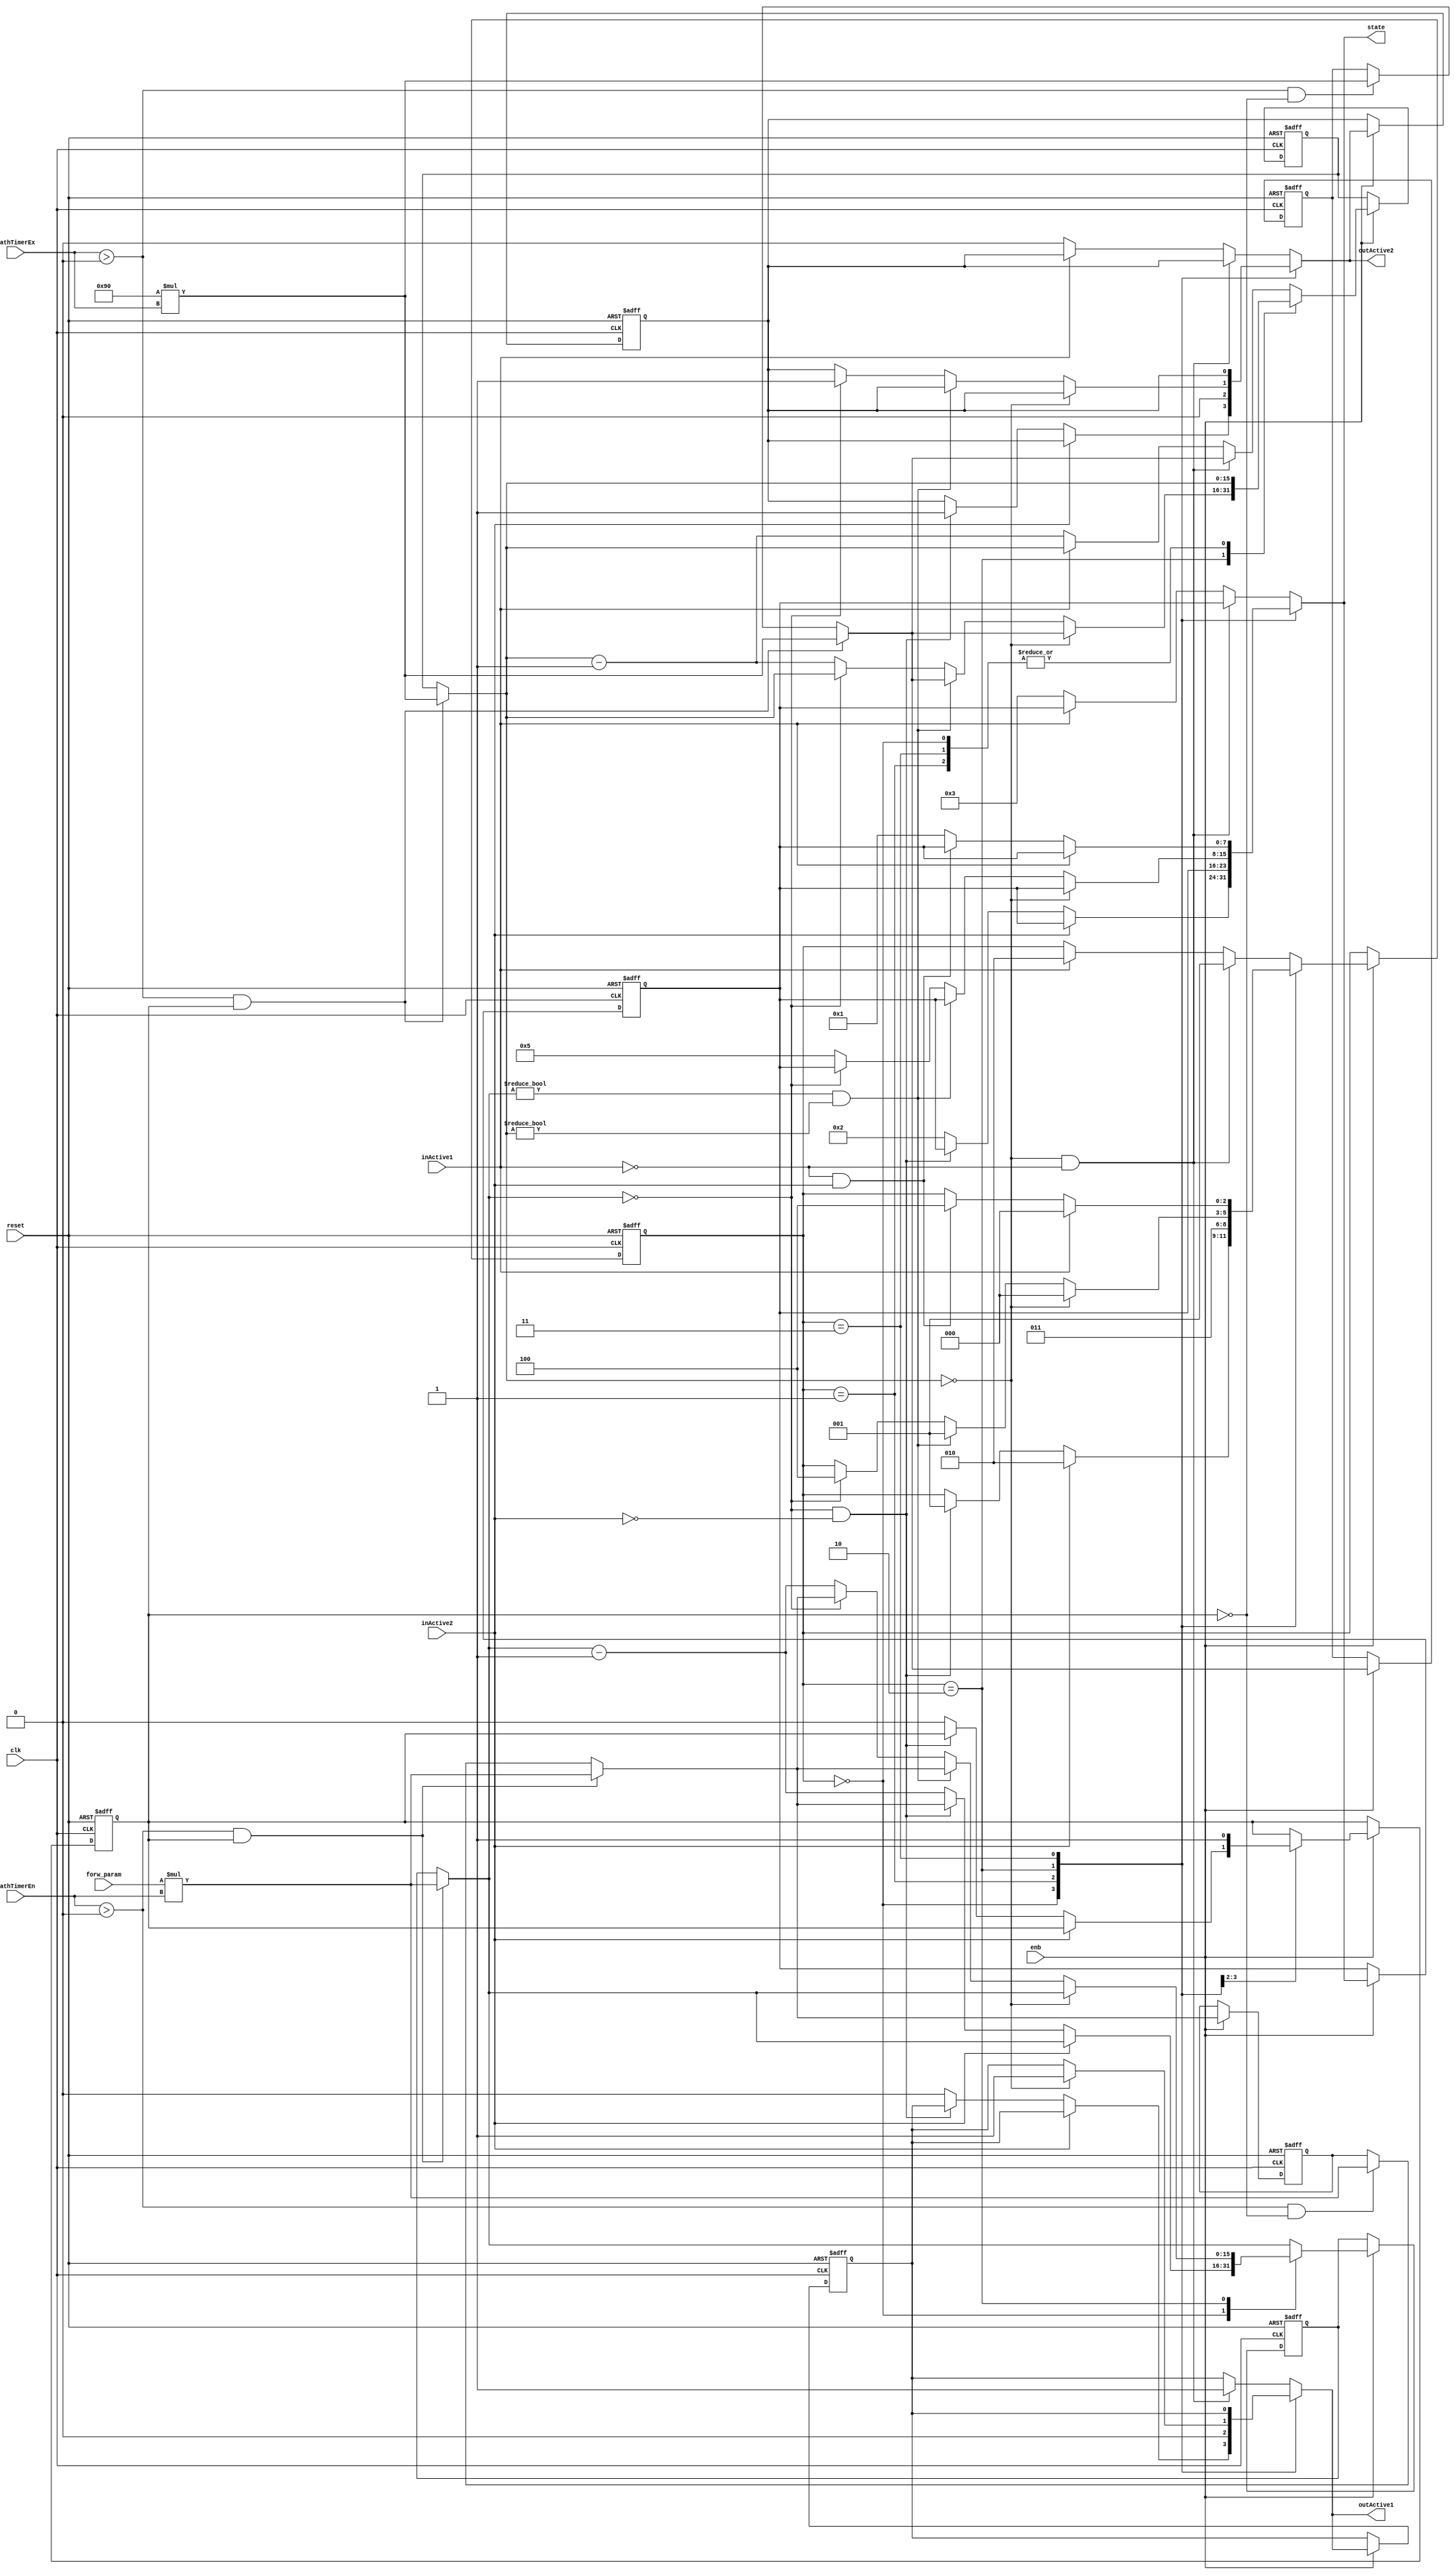
// -------------------------------------------------------------
// 
// 
// Generated by MATLAB 9.5 and HDL Coder 3.13
// 
// -------------------------------------------------------------


// -------------------------------------------------------------
// 
// Module: path_aut_block
// Source Path: case2mod_new/PA2_2to3/path_aut
// Hierarchy Level: 2
// 
// -------------------------------------------------------------

`timescale 1 ns / 1 ns

module path_aut_block
          (clk,
           reset,
           enb,
           inActive1,
           inActive2,
           forw_param,
           pathTimerEn,
           pathTimerEx,
           outActive1,
           outActive2,
           state);

  parameter [15:0] bck_param = 144;  // uint16
  // Default encoded enumeration values for type is_PathAutomaton1
  parameter is_PathAutomaton1_IN_AntegradeConduction = 3'd0, is_PathAutomaton1_IN_Conflict = 3'd1, is_PathAutomaton1_IN_Double = 3'd2, is_PathAutomaton1_IN_Idle = 3'd3, is_PathAutomaton1_IN_RetrogradeConduction = 3'd4;

  input   clk;
  input   reset;
  input   enb;
  input   inActive1;
  input   inActive2;
  input   [15:0] forw_param;  // uint16
  input   [15:0] pathTimerEn;  // uint16
  input   [15:0] pathTimerEx;  // uint16
  output  outActive1;
  output  outActive2;
  output  [7:0] state;  // uint8


  reg [2:0] is_PathAutomaton;  // uint8
  reg [15:0] forw_timer_cur;  // uint16
  reg [15:0] bck_timer_cur;  // uint16
  reg [15:0] bck_timer_def;  // uint16
  reg [15:0] forw_timer_def;  // uint16
  reg  idle_st;
  reg  outActive1_reg;
  reg  outActive2_reg;
  reg [7:0] state_reg;  // uint8
  reg [2:0] is_PathAutomaton_next;  // enum type is_PathAutomaton1 (5 enums)
  reg [15:0] forw_timer_cur_next;  // uint16
  reg [15:0] bck_timer_cur_next;  // uint16
  reg [15:0] bck_timer_def_next;  // uint16
  reg [15:0] forw_timer_def_next;  // uint16
  reg  idle_st_next;
  reg  outActive1_reg_next;
  reg  outActive2_reg_next;
  reg [7:0] state_reg_next;  // uint8
  reg [15:0] forw_timer_cur_temp;  // uint16
  reg [15:0] bck_timer_cur_temp;  // uint16
  reg [15:0] bck_timer_def_temp;  // uint16
  reg [15:0] forw_timer_def_temp;  // uint16
  reg [31:0] mul_temp;  // ufix32
  reg signed [31:0] cast;  // sfix32
  reg [31:0] mul_temp_0;  // ufix32
  reg signed [31:0] cast_0;  // sfix32
  reg [31:0] mul_temp_1;  // ufix32
  reg [31:0] mul_temp_2;  // ufix32


  always @(posedge clk or posedge reset)
    begin : SimpleModeling_c5_spnshronzZ8815nA14cRtO_path_aut_process
      if (reset == 1'b1) begin
        forw_timer_cur <= 16'd0;
        bck_timer_cur <= 16'd0;
        bck_timer_def <= 16'd0;
        forw_timer_def <= 16'd0;
        state_reg <= 8'd0;
        outActive1_reg <= 1'b0;
        outActive2_reg <= 1'b0;
        is_PathAutomaton <= is_PathAutomaton1_IN_Idle;
        idle_st <= 1'b1;
      end
      else begin
        if (enb) begin
          is_PathAutomaton <= is_PathAutomaton_next;
          forw_timer_cur <= forw_timer_cur_next;
          bck_timer_cur <= bck_timer_cur_next;
          bck_timer_def <= bck_timer_def_next;
          forw_timer_def <= forw_timer_def_next;
          idle_st <= idle_st_next;
          outActive1_reg <= outActive1_reg_next;
          outActive2_reg <= outActive2_reg_next;
          state_reg <= state_reg_next;
        end
      end
    end

  always @(bck_timer_cur, bck_timer_def, forw_param, forw_timer_cur, forw_timer_def,
       idle_st, inActive1, inActive2, is_PathAutomaton, outActive1_reg,
       outActive2_reg, pathTimerEn, pathTimerEx, state_reg) begin
    forw_timer_cur_temp = forw_timer_cur;
    bck_timer_cur_temp = bck_timer_cur;
    bck_timer_def_temp = bck_timer_def;
    forw_timer_def_temp = forw_timer_def;
    outActive1_reg_next = outActive1_reg;
    outActive2_reg_next = outActive2_reg;
    state_reg_next = state_reg;
    is_PathAutomaton_next = is_PathAutomaton;
    idle_st_next = idle_st;
    if ((pathTimerEn > 16'b0000000000000000) && idle_st) begin
      mul_temp = forw_param * pathTimerEn;
      cast = mul_temp;
      forw_timer_def_temp = cast[15:0];
      forw_timer_cur_temp = forw_timer_def_temp;
    end
    else if ((pathTimerEn > 16'b0000000000000000) &&  ! idle_st) begin
      mul_temp_0 = forw_param * pathTimerEn;
      cast_0 = mul_temp_0;
      forw_timer_def_temp = cast_0[15:0];
    end
    if ((pathTimerEx > 16'b0000000000000000) && idle_st) begin
      mul_temp_1 = bck_param * pathTimerEx;
      bck_timer_def_temp = mul_temp_1[15:0];
      bck_timer_cur_temp = bck_timer_def_temp;
    end
    else if ((pathTimerEx > 16'b0000000000000000) &&  ! idle_st) begin
      mul_temp_2 = bck_param * pathTimerEx;
      bck_timer_def_temp = mul_temp_2[15:0];
    end
    case ( is_PathAutomaton)
      is_PathAutomaton1_IN_AntegradeConduction :
        begin
          if (inActive2) begin
            is_PathAutomaton_next = is_PathAutomaton1_IN_Double;
          end
          else if ((forw_timer_cur_temp == 16'b0000000000000000) &&  ! inActive2) begin
            forw_timer_cur_temp = forw_timer_def_temp;
            outActive2_reg_next = 1'b1;
            is_PathAutomaton_next = is_PathAutomaton1_IN_Conflict;
          end
          else begin
            forw_timer_cur_temp = forw_timer_cur_temp - 16'd1;
            outActive1_reg_next = 1'b0;
            idle_st_next = 1'b0;
            state_reg_next = 8'd2;
          end
        end
      is_PathAutomaton1_IN_Conflict :
        begin
          outActive2_reg_next = 1'b0;
          outActive1_reg_next = 1'b0;
          is_PathAutomaton_next = is_PathAutomaton1_IN_Idle;
          idle_st_next = 1'b1;
        end
      is_PathAutomaton1_IN_Double :
        begin
          if (bck_timer_cur_temp == 16'b0000000000000000) begin
            bck_timer_cur_temp = bck_timer_def_temp;
            outActive1_reg_next = 1'b1;
            is_PathAutomaton_next = is_PathAutomaton1_IN_AntegradeConduction;
          end
          else if ((forw_timer_cur_temp != 16'b0000000000000000) && (bck_timer_cur_temp != 16'b0000000000000000)) begin
            forw_timer_cur_temp = forw_timer_def_temp;
            bck_timer_cur_temp = bck_timer_def_temp;
            is_PathAutomaton_next = is_PathAutomaton1_IN_Conflict;
          end
          else if (forw_timer_cur_temp == 16'b0000000000000000) begin
            forw_timer_cur_temp = forw_timer_def_temp;
            outActive2_reg_next = 1'b1;
            is_PathAutomaton_next = is_PathAutomaton1_IN_RetrogradeConduction;
          end
          else begin
            forw_timer_cur_temp = forw_timer_cur_temp - 16'b0000000000000001;
            bck_timer_cur_temp = bck_timer_cur_temp - 16'b0000000000000001;
            state_reg_next = 8'd5;
          end
        end
      is_PathAutomaton1_IN_Idle :
        begin
          if (inActive1) begin
            is_PathAutomaton_next = is_PathAutomaton1_IN_AntegradeConduction;
          end
          else if (( ! inActive1) && inActive2) begin
            is_PathAutomaton_next = is_PathAutomaton1_IN_RetrogradeConduction;
          end
          else begin
            state_reg_next = 8'd1;
          end
        end
      default :
        begin
          if ((bck_timer_cur_temp == 16'b0000000000000000) &&  ! inActive1) begin
            bck_timer_cur_temp = bck_timer_def_temp;
            outActive1_reg_next = 1'b1;
            is_PathAutomaton_next = is_PathAutomaton1_IN_Conflict;
          end
          else if (inActive1) begin
            is_PathAutomaton_next = is_PathAutomaton1_IN_Double;
          end
          else begin
            bck_timer_cur_temp = bck_timer_cur_temp - 16'd1;
            outActive2_reg_next = 1'b0;
            state_reg_next = 8'd3;
          end
        end
    endcase
    forw_timer_cur_next = forw_timer_cur_temp;
    bck_timer_cur_next = bck_timer_cur_temp;
    bck_timer_def_next = bck_timer_def_temp;
    forw_timer_def_next = forw_timer_def_temp;
  end

  assign outActive1 = outActive1_reg_next;
  assign outActive2 = outActive2_reg_next;
  assign state = state_reg_next;



endmodule  // path_aut_block